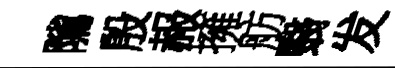
隲殷赧擁舫翳发